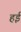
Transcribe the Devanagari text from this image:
हईं